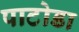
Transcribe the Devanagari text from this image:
पाटोडा